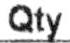
QTY